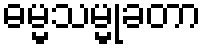
ဓမ္မသမ္မုခတာ